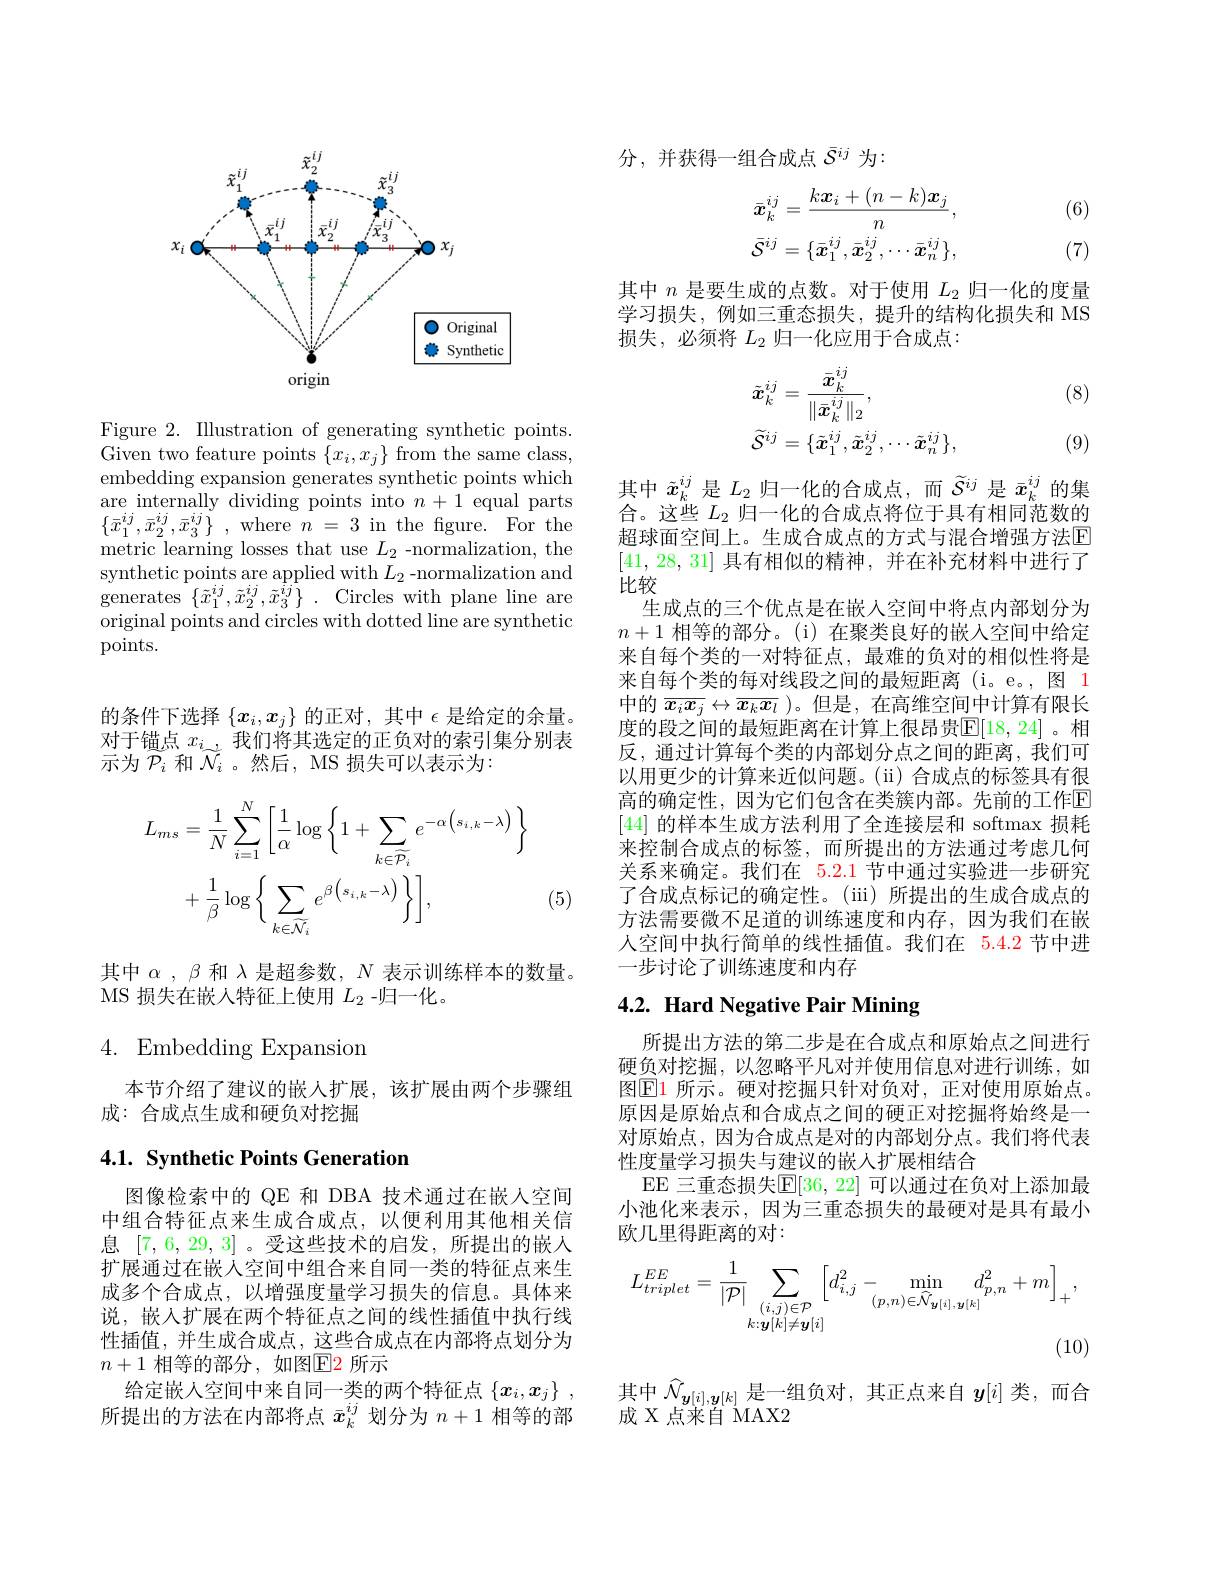
<FigureHere>

Figure 2. Illustration of generating synthetic points. Given two feature points $\{x_i,x_j\}$ from the same class, embedding expansion generates synthetic points which are internally dividing points into $n+1$ equal parts $\{ \bar{x} _{1}^{ij}, \bar{x} _{2}^{ij}, \bar{x} _{3}^{ij}\}$ ,where$n=3$in the figure.For the metric learning losses that use $L_2$ -normalization, the synthetic points are applied with $L_2$ -normalization and generates $\{\tilde{x}_{1}^{ij},\tilde{x}_{2}^{ij},\tilde{x}_{3}^{ij}\}.$ Circles with plane line are original points and circles with dotted line are synthetic points.

的条件下选择$\{x_i,x_j\}$的正对，其中$\epsilon$是给定的余量。对于锚点$x_i$,我们将其选定的正负对的索引集分别表示为$\widetilde{P}_i$和$\widetilde{N}_i$ 。然后，MS 损失可以表示为：
$$\begin{aligned}L_{ms}&=\frac{1}{N}\sum_{i=1}^{N}\left[\frac{1}{\alpha}\log\left\{1+\sum_{k\in\widetilde{\mathcal{P}_{i}}}e^{-\alpha\left(s_{i,k}-\lambda\right)}\right\}\\&+\frac{1}{\beta}\log\left\{\sum_{k\in\widetilde{\mathcal{N}_{i}}}e^{\beta\left(s_{i,k}-\lambda\right)}\right\}\right],\end{aligned}$$
(5)

其中$\alpha,\beta$和$\lambda$是超参数$,N$表示训练样本的数量。
MS 损失在嵌人特征上使用$L_2$ -归一化。

# 4. Embedding Expansion

本节介绍了建议的嵌人扩展，该扩展由两个步骤组
成：合成点生成和硬负对挖掘

### 4.1. Synthetic Points Generation

图像检索中的 QE 和 DBA 技术通过在嵌人空间中组合特征点来生成合成点，以便利用其他相关信息[7,6,29,3] 。受这些技术的启发，所提出的嵌人扩展通过在嵌人空间中组合来自同一类的特征点来生成多个合成点，以增强度量学习损失的信息。具体来说，嵌入扩展在两个特征点之间的线性插值中执行线性插值，并生成合成点，这些合成点在内部将点划分为$n+1$ 相等的部分，如图$\color{#C00}{\text{所示}}$
给定嵌人空间中来自同一类的两个特征点$\{x_i,x_j\}$ 所提出的方法在内部将点$\bar{x}_k^{ij}$划分为$n+1$相等的部

分，并获得一组合成点$\bar{\mathcal{S}}^{ij}$为：

(6)
$$\bar{\boldsymbol{x}}_{k}^{ij}=\frac{k\boldsymbol{x}_{i}+(n-k)\boldsymbol{x}_{j}}{n},\\\bar{\mathcal{S}}^{ij}=\{\bar{\boldsymbol{x}}_{1}^{ij},\bar{\boldsymbol{x}}_{2}^{ij},\cdots\bar{\boldsymbol{x}}_{n}^{ij}\},$$
(7)

其中$n$是要生成的点数。对于使用$L_2$归一化的度量学习损失，例如三重态损失，提升的结构化损失和 MS 损失，必须将$L_2$归一化应用于合成点：

(8)
$$\begin{aligned}&\tilde{\boldsymbol{x}}_{k}^{ij}=\frac{\bar{\boldsymbol{x}}_{k}^{ij}}{\|\bar{\boldsymbol{x}}_{k}^{ij}\|_{2}},\\&\widetilde{\mathcal{S}}^{ij}=\{\tilde{\boldsymbol{x}}_{1}^{ij},\tilde{\boldsymbol{x}}_{2}^{ij},\cdots\tilde{\boldsymbol{x}}_{n}^{ij}\},\end{aligned}$$
(9)

其中$\tilde{x}_k^{ij}$是$L_2$归一化的合成点，而$\widetilde{S}^{ij}$是$\bar{x}_k^{ij}$的集合。这些$L_2$归一化的合成点将位于具有相同范数的超球面空间上。生成合成点的方式与混合增强方法E [41,28,31]具有相似的精神，并在补充材料中进行了比较
生成点的三个优点是在嵌人空间中将点内部划分为$n+1$相等的部分。(i)在聚类良好的嵌入空间中给定来自每个类的一对特征点，最难的负对的相似性将是来自每个类的每对线段之间的最短距离(i。e。,图 1中的$\overline{x_ix_j}\leftrightarrow\overline{x_kx_l}$ )。但是 , 在高维空间 中计算有限长度的段之间的最短距离在计算上很昂贵$\mathbb{E}[18,24]$。相反，通过计算每个类的内部划分点之间的距离，我们可以用更少的计算来近似问题。(ii) 合成点的标签具有很高的确定性，因为它们包含在类簇内部。先前的工作$\mathbb{E}$ [44]的样本生成方法利用了全连接层和 softmax 损耗来控制合成点的标签，而所提出的方法通过考虑几何关系来确定。我们在 5.2.1 节中通过实验进一步研究了合成点标记的确定性。(iii)所提出的生成合成点的方法需要微不足道的训练速度和内存，因为我们在嵌人空间中执行简单的线性插值。我们在 5.4.2 节中进一步讨论了训练速度和内存

# 4.2. Hard Negative Pair Mining

所提出方法的第二步是在合成点和原始点之间进行硬负对挖掘，以忽略平凡对并使用信息对进行训练，如图$\boxed{\mathrm{E}1\text{ 所示。硬对挖掘只针对负对，正对使用原始点。}}$ 原因是原始点和合成点之间的硬正对挖掘将始终是一对原始点，因为合成点是对的内部划分点。我们将代表性度量学习损失与建议的嵌人扩展相结合
EE 三重态损失$\mathbb{E}[36,22]$ 可以通过在负对上添加最小池化来表示，因为三重态损失的最硬对是具有最小欧几里得距离的对：
$$\begin{aligned}L_{triplet}^{EE}&=\frac{1}{|\mathcal{P}|}\sum_{\substack{(i,j)\in\mathcal{P}\\k:\boldsymbol{y}[k]\neq\boldsymbol{y}[i]}}\Big[d_{i,j}^{2}-\min_{(p,n)\in\widehat{\mathcal{N}}_{\boldsymbol{y}[i],\boldsymbol{y}[k]}}d_{p,n}^{2}+m\Big]_{+},\\&(10)\end{aligned}$$
$\begin{array}{l}\text{其中 }\widehat{\mathcal{N}}_{\boldsymbol{y}[i],\boldsymbol{y}[k]}\text{ 是一组负对，其正点来自 }\boldsymbol{y}[i]\text{ 类，而合}\\\text{成 X 点来自 MAX2}\end{array}$